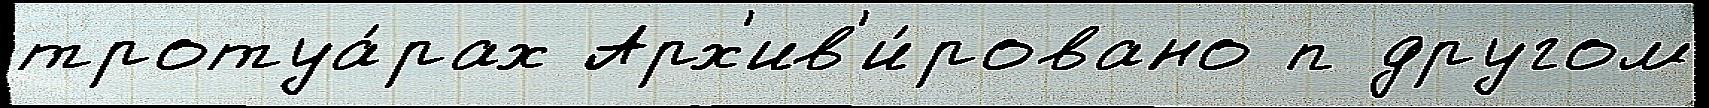
тротуа́рах Арх'ив'и́ровано п другом